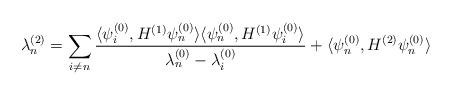
LaTeX: \begin{align*} \lambda_{n}^{(2)} = \sum_{i \neq n} \frac{\langle \psi_{i}^{(0)}, H^{(1)} \psi_{n}^{(0)} \rangle \langle \psi_{n}^{(0)}, H^{(1)} \psi_{i}^{(0)} \rangle}{\lambda_{n}^{(0)} - \lambda_{i}^{(0)}} +\langle \psi_{n}^{(0)}, H^{(2)} \psi_{n}^{(0)} \rangle\end{align*}